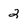
Character: 2